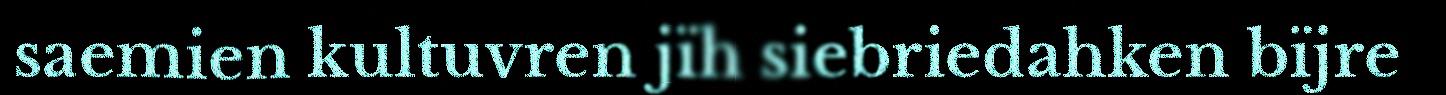
saemien kultuvren jïh siebriedahken bïjre